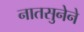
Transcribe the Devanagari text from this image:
नातसुनेने